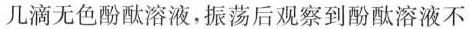
几滴无色酚酞溶液，振荡后观察到酚酞溶液不